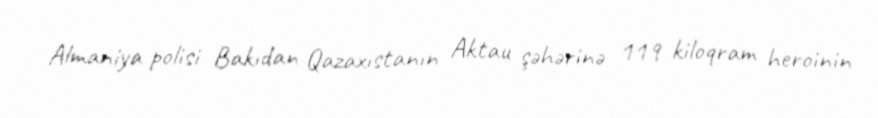
Almaniya polisi Bakıdan Qazaxıstanın Aktau şəhərinə 119 kiloqram heroinin